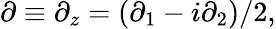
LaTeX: \partial\equiv\partial_{z}=(\partial_{1}-i\partial_{2})/2,